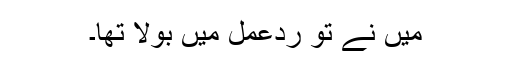
میں نے تو ردِعمل میں بولا تھا۔